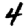
Digit: 4